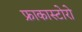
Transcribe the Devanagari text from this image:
फ्राकास्टोरो